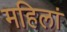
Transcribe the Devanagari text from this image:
महिलां